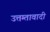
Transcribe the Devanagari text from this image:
उत्तम्तावादी